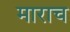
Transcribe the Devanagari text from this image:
माराच